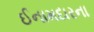
ઈનામદારના